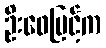
ဦးဖေမြင့်က